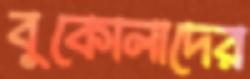
বুকোলাদের